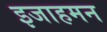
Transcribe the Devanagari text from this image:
इजाहमन